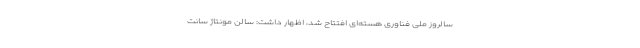
سالروز ملی فناوری هسته‌ای افتتاح شد، اظهار داشت: سالن مونتاژ سانت